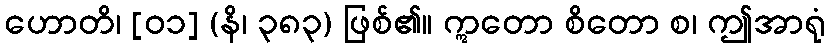
ဟောတိ၊ [၀၁] (နိ၊ ၃၈၃) ဖြစ်၏။ ဣတော စိတော စ၊ ဤအာရုံ